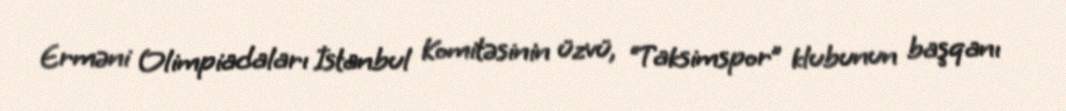
Erməni Olimpiadaları İstanbul Komitəsinin üzvü, “Taksimspor” klubunun başqanı